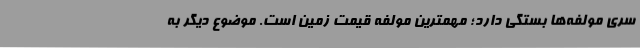
سری مولفه‌ها بستگی دارد؛ مهمترین مولفه قیمت زمین است. موضوع دیگر به